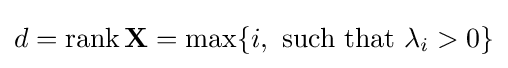
d=\mathop {\mathrm {rank} } \mathbf {X} =\max\{i,\ {\mbox{such that}}\ \lambda _{i}>0\}